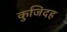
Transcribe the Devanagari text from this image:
कुजिदह